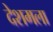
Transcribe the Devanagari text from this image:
देशमला